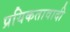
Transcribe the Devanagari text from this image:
प्रयिकतावादी